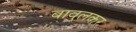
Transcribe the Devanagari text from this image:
बावुलकर